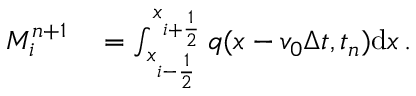
\begin{array} { r l } { M _ { i } ^ { n + 1 } } & { { } = \int _ { x _ { i - \frac { 1 } { 2 } } } ^ { x _ { i + \frac { 1 } { 2 } } } q ( x - v _ { 0 } \Delta t , t _ { n } ) \mathrm { d } x \, . } \end{array}